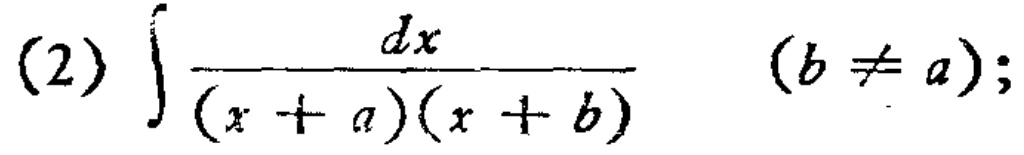
(2) \(\int\frac{dx}{(x + a)(x + b)}\) \((b\neq a)\);